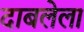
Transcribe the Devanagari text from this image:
दाबलेला